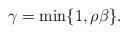
LaTeX: \begin{align*}\gamma = \min \{ 1, \rho\beta \}.\end{align*}